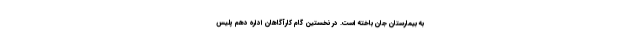
به بیمارستان جان باخته است. در نخستین گام کارآگاهان اداره دهم پلیس